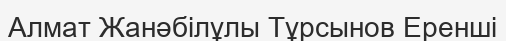
Алмат Жанәбілұлы Тұрсынов Еренші